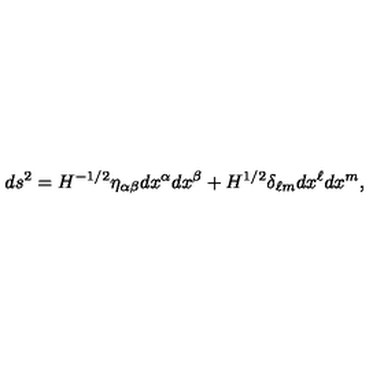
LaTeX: d s ^ { 2 } = H ^ { - 1 / 2 } \eta _ { \alpha \beta } d x ^ { \alpha } d x ^ { \beta } + H ^ { 1 / 2 } \delta _ { \ell m } d x ^ { \ell } d x ^ { m } ,